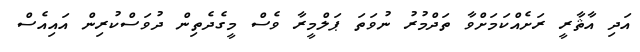
އަދި އާޘާރީ ރަށެއްކަމަށްވާ ތަދްމުރު ނުވަތަ ޕަލްމީރާ ވެސް މީގެދެތިން ދުވަސްކުރިން އައިއެސް